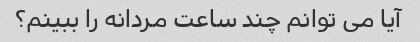
آیا می توانم چند ساعت مردانه را ببینم؟